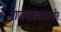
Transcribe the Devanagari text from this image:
राजवाड्यासमोर